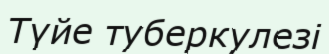
Түйе туберкулезі